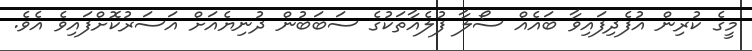
މީގެ ކުރިން އުފެދިފައިވާ ބައެއް ސޯލާ ފުލެއާތަކުގެ ސަބަބުން ދުނިޔެއަށް އަސަރުކޮށްފައިވެ އެވެ.